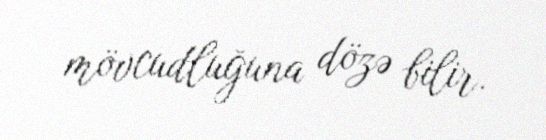
mövcudluğuna dözə bilir.